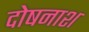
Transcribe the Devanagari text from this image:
दोषनाश